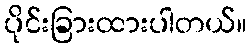
ပိုင်းခြားထားပါတယ်။